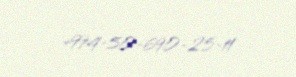
+994-50-690-25-11